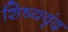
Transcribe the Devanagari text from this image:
शिष्यवृंद